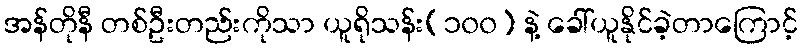
အန်တိုနီ တစ်ဦးတည်းကိုသာ ယူရိုသန်း(၁၀၀) နဲ့ ခေါ်ယူနိုင်ခဲ့တာကြောင့်